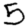
Digit: 5